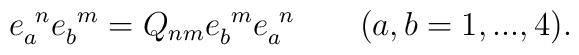
e_a^{\ n}e_b^{\ m}=Q_{nm}e_b^{\ m}e_a^{\ n} \qquad  (a,b=1,...,4).